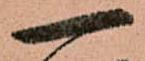
一